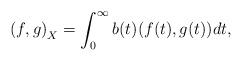
\begin{align*}{(f,g)}_X = \int_0^{\infty}b(t)(f(t),g(t)) dt,\end{align*}